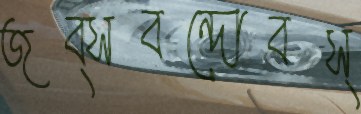
জব্সবন্দোবস্